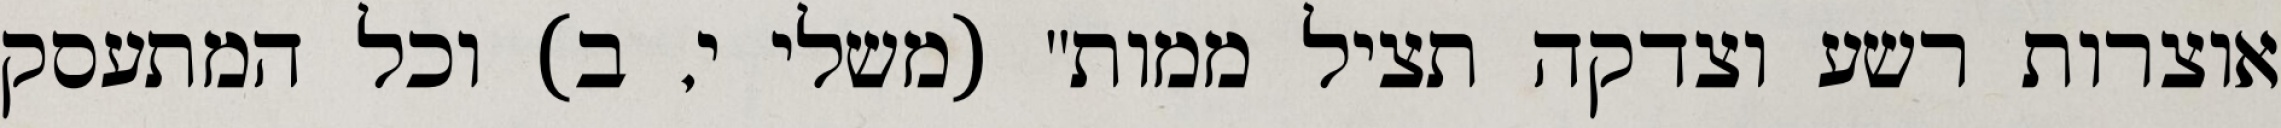
אוצרות רשע וצדקה תציל ממות" (משלי י, ב) וכל המתעסק